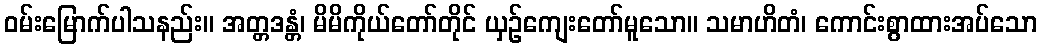
ဝမ်းမြောက်ပါသနည်း။ အတ္တဒန္တံ၊ မိမိကိုယ်တော်တိုင် ယှဉ်ကျေးတော်မူသော။ သမာဟိတံ၊ ကောင်းစွာထားအပ်သော